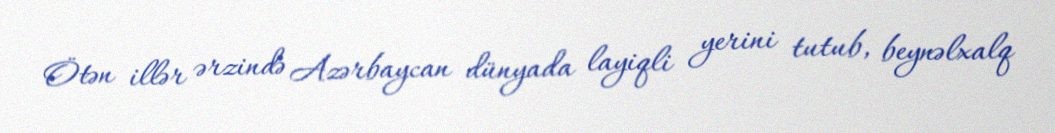
Ötən illər ərzində Azərbaycan dünyada layiqli yerini tutub, beynəlxalq